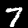
Label: 7